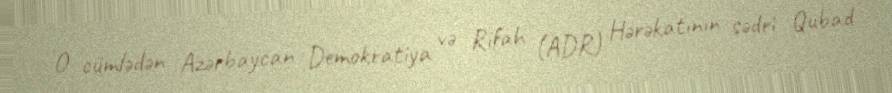
O cümlədən Azərbaycan Demokratiya və Rifah (ADR) Hərəkatının sədri Qubad